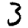
Digit: 3